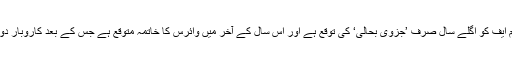
انہوں نے کہا کہ آئی ایم ایف کو اگلے سال صرف ’جزوی بحالی‘ کی توقع ہے اور اس سال کے آخر میں وائرس کا خاتمہ متوقع ہے جس کے بعد کاروبار دوبارہ شروع ہوسکے گا۔